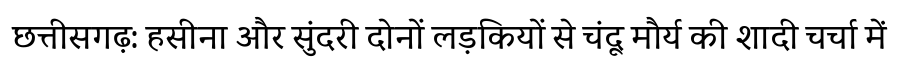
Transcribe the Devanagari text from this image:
छत्तीसगढ़: हसीना और सुंदरी दोनों लड़कियों से चंदू मौर्य की शादी चर्चा में